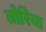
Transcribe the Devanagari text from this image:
तोरिया